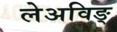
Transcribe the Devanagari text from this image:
लेअविङ्